Report of the Indian Hemp Drugs Commission, 1894-1895 - Volume I
Year: 1894
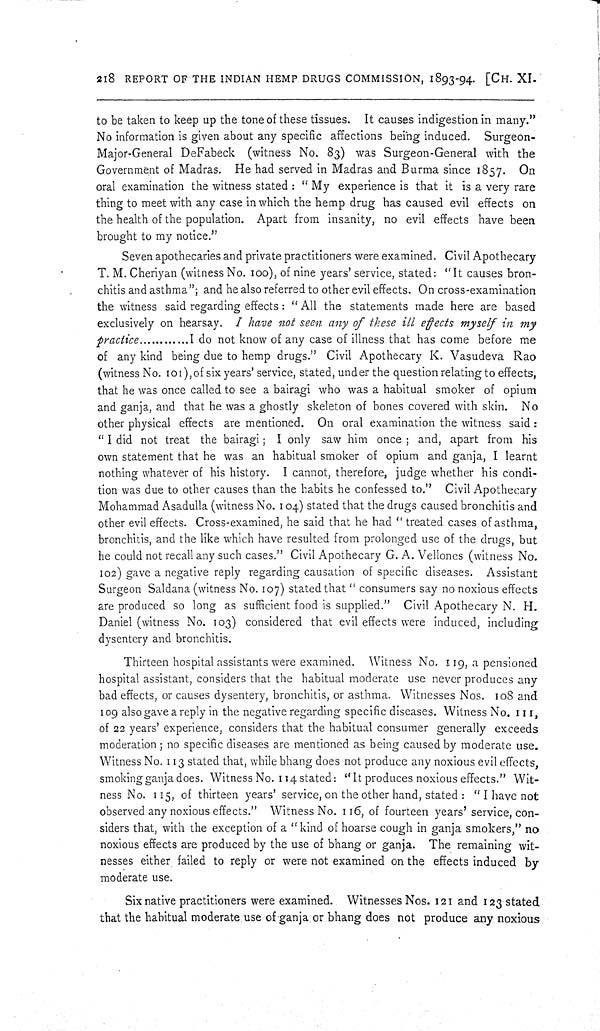
218 REPORT OF THE INDIAN HEMP DRUGS COMMISSION, 1893-94. [CH. XI.
to be taken to keep up the tone of these tissues. It causes indigestion in many."
No information is given about any specific affections being induced. Surgeon-
Major-General DeFabeck (witness No. 83) was Surgeon-General with the
Government of Madras. He had served in Madras and Burma since 1857. On
oral examination the witness stated: "My experience is that it is a very rare
thing to meet with any case in which the hemp drug has caused evil effects on
the health of the population. Apart from insanity, no evil effects have been
brought to my notice."
Seven apothecaries and private practitioners were examined. Civil Apothecary
T. M. Cheriyan (witness No. 100), of nine years' service, stated: "It causes bron-
chitis and asthma"; and he also referred to other evil effects. On cross-examination
the witness said regarding effects: "All the statements made here are based
exclusively on hearsay. I have not seen any of these ill effects myself in my
practice
I do not know of any case of illness that has come before me
of any kind being due to hemp drugs." Civil Apothecary K. Vasudeva Rao
(witness No. 101),of six years' service, stated, under the question relating to effects,
that he was once called to see a bairagi who was a habitual smoker of opium
and ganja, and that he was a ghostly skeleton of bones covered with skin. No
other physical effects are mentioned. On oral examination the witness said:
"I did not treat the bairagi; I only saw him once; and, apart from his
own statement that he was an habitual smoker of opium and ganja, I learnt
nothing whatever of his history. I cannot, therefore, judge whether his condi-
tion was due to other causes than the habits he confessed to." Civil Apothecary
Mohammad Asadulla (witness No. 104) stated that the drugs caused bronchitis and
other evil effects. Cross-examined, he said that he had "treated cases of asthma,
bronchitis, and the like which have resulted from prolonged use of the drugs, but
he could not recall any such cases." Civil Apothecary G. A. Vellones (witness No.
102) gave a negative reply regarding causation of specific diseases. Assistant
Surgeon Saldana (witness No. 107) stated that "consumers say no noxious effects
are produced so long as sufficient food is supplied." Civil Apothecary N. H.
Daniel (witness No. 103) considered that evil effects were induced, including
dysentery and bronchitis.
Thirteen hospital assistants were examined. Witness No. 119, a pensioned
hospital assistant, considers that the habitual moderate use never produces any
bad effects, or causes dysentery, bronchitis, or asthma. Witnesses Nos. 108 and
109 also gave a reply in the negative regarding specific diseases. Witness No. 111,
of 22 years' experience, considers that the habitual consumer generally exceeds
moderation; no specific diseases are mentioned as being caused by moderate use.
Witness No. 113 stated that, while bhang does not produce any noxious evil effects,
smoking ganja does. Witness No. 114 stated: "It produces noxious effects." Wit-
ness No. 115, of thirteen years' service, on the other hand, stated: "I have not
observed any noxious effects." Witness No. 116, of fourteen years' service, con-
siders that, with the exception of a "kind of hoarse cough in ganja smokers," no
noxious effects are produced by the use of bhang or ganja. The remaining wit-
nesses either failed to reply or were not examined on the effects induced by
moderate use.
Six native practitioners were examined. Witnesses Nos. 121 and 123 stated
that the habitual moderate use of ganja or bhang does not produce any noxious